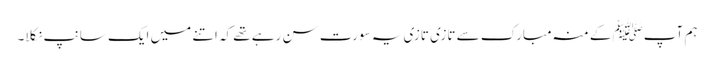
ہم آپﷺ کے منہ مبارک سے تازی تازی یہ سورت سن رہے تھے کہ اتنے میں ایک سانپ نکلا۔